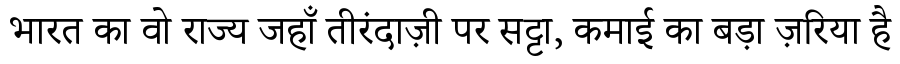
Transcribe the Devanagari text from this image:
भारत का वो राज्य जहाँ तीरंदाज़ी पर सट्टा, कमाई का बड़ा ज़रिया है